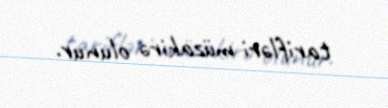
tarifləri müzakirə olunur.